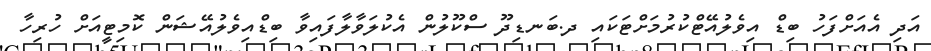
އަދި އެއަށްފަހު ބިޑް އިވެލުއޭޓްކުރުމަށްޓަކައި ދ.ބަނޑިދޫ ސްކޫލުން އެކުލަވާލާފައިވާ ބިޑްއިވެލުއޭޝަން ކޮމިޓީއަށް ހުރިހާ